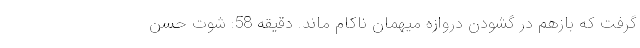
گرفت که بازهم در گشودن دروازه میهمان ناکام ماند. دقیقه 58: شوت حسن